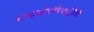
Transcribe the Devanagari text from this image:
टाइकोगैस्ट्रीडे